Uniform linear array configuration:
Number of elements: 48
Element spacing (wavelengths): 0.25
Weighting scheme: blackman
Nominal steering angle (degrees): -60
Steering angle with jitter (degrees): -61.343
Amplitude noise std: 0.05
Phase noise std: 0.05

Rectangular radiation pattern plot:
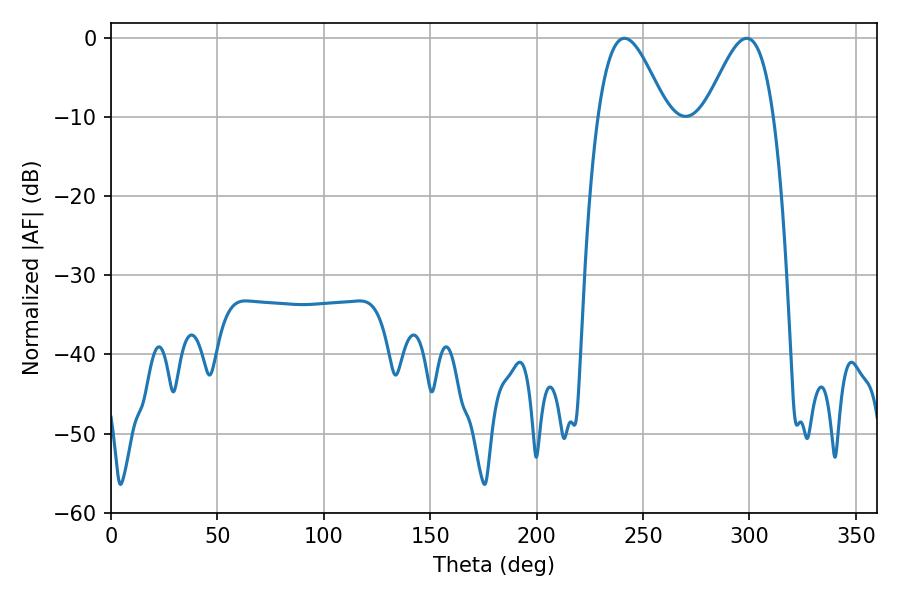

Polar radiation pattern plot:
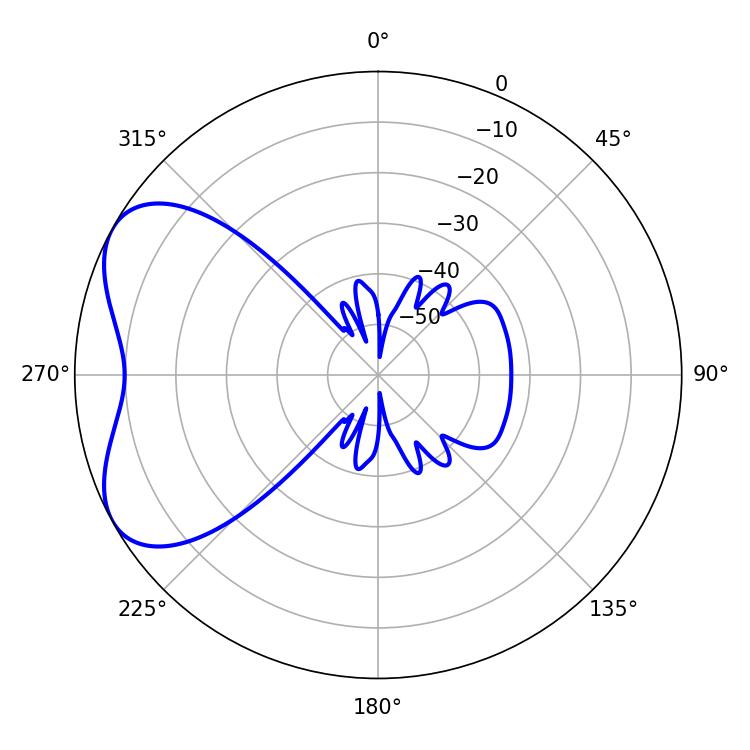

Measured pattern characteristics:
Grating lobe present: FALSE
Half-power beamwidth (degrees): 17.28
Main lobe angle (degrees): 241.2